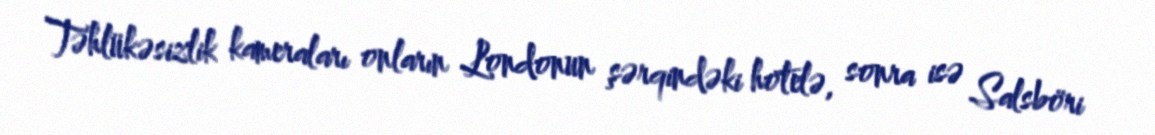
Təhlükəsizlik kameraları onların Londonun şərqindəki hotelə, sonra isə Salsböri